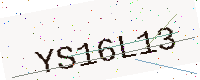
Text: YS16L13